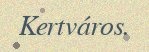
Kertváros.